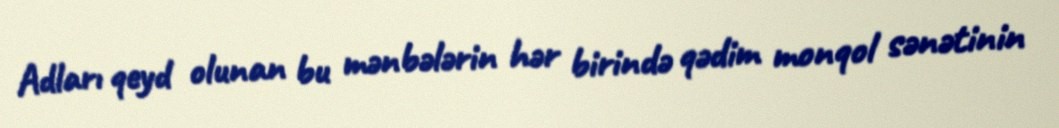
Adları qeyd olunan bu mənbələrin hər birində qədim monqol sənətinin